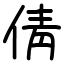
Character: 倩